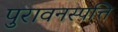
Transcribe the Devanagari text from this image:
पुरावनस्पत्ति